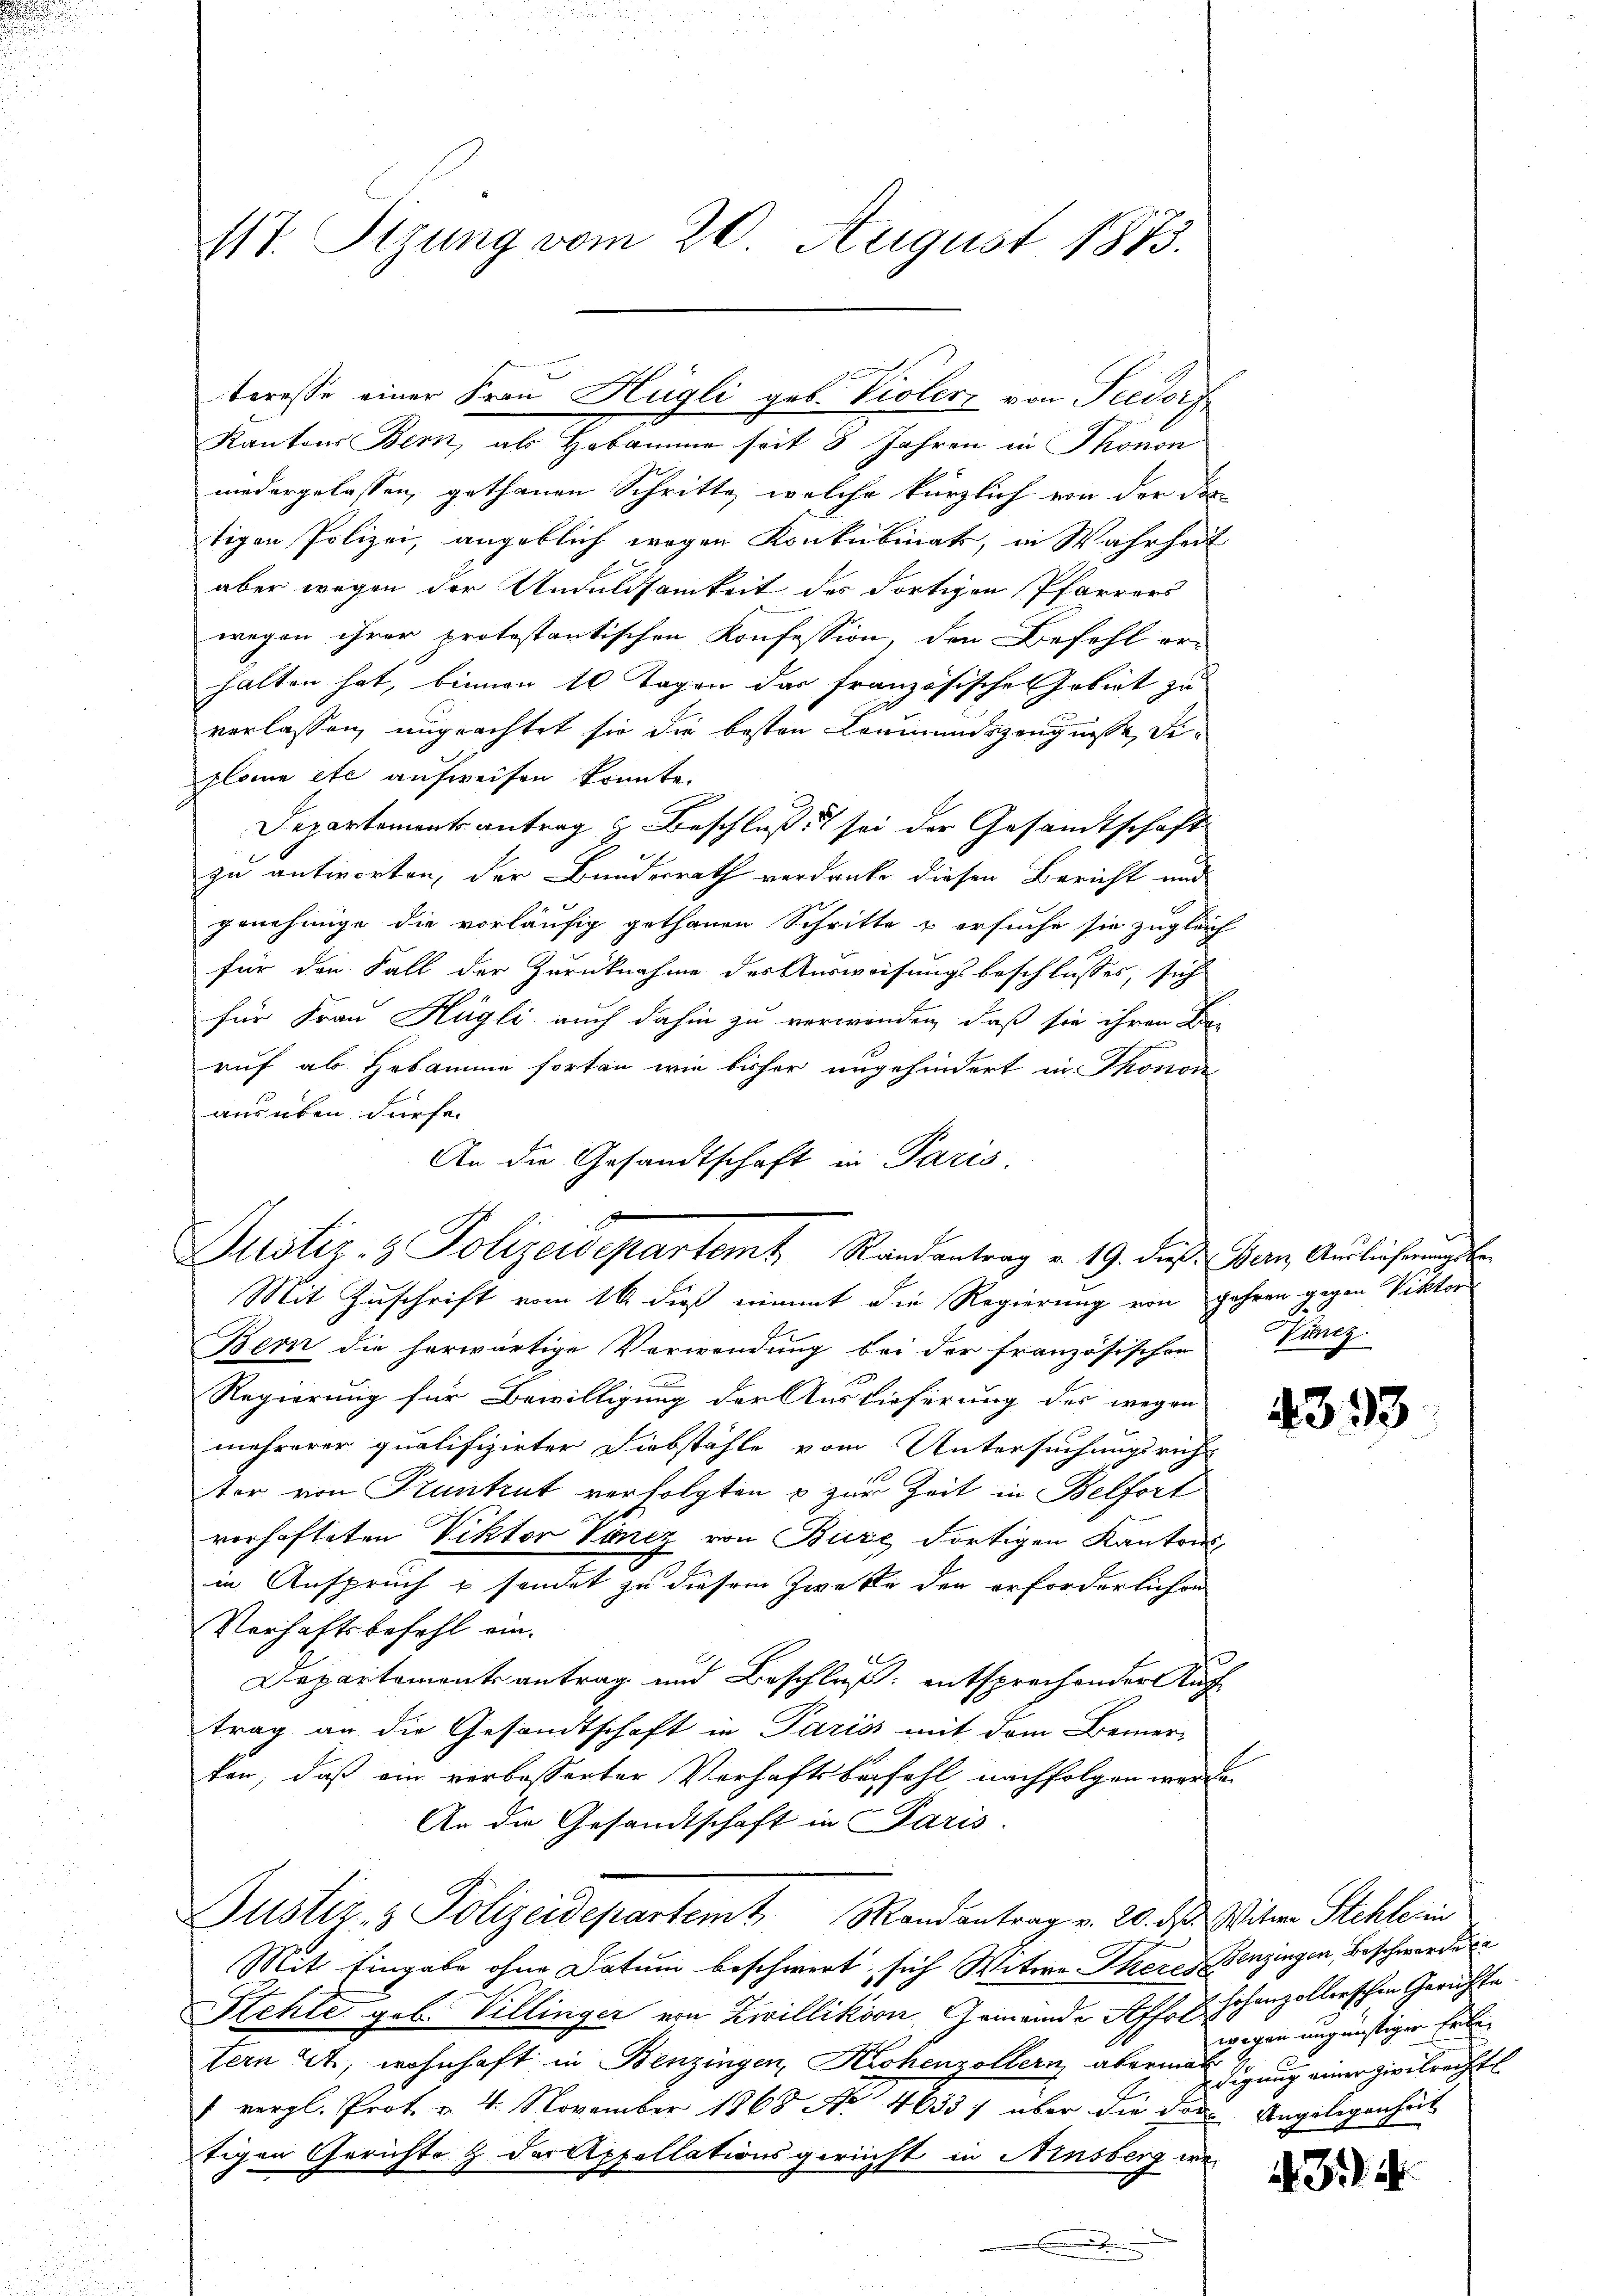
117. Sitzung vom 20. August 1873.

x
Justiz- & Polizeidepartemt Randantrag v. 19. dieß. Bern Auslieferungsbe-

Kantons Bern, als Hebamme seit 8 Jahren in Thonon
niedergelassen, gethanen Schritte, welche kürzlich von der doc
tigen Polizei, angeblich wegen Konkubinat, in Wahrheit
aber wegen der Unduldsamkeit des dortigen Pfarrers
wegen ihrer protestantischen Konfession, den Befehl er-
halten hat, binnen 10 Tagen das französische Gebiet zu
verlassen, ungeachtet sie die besten Leumundszeugnisse Diplane etc aufweisen könnte.
Departementsantrag & Beschluß sei der Gesandtschaft
zu antworten, der Bundesrath verdanke diesen Bericht und
genehmige die vorläufig gethanen Schritte & ersuche sie zugleich
für den Fall der Zurücknahme der Ausweisungsbeschlusses, sich
für Frau Hügli auch dahin zu verwenden, daß sie ihren De-
ruf ab Hebamme fortan wie bisher angehindert in Thonor
ausüben dürfe.
An die Gesandtschaft in Paris.
Mit Zuschrift vom 16. dieß nimmt die Regierung von Jahren gegen Viktor
Bern die herwärtige Verwendung bei der französischen Viliz.
Regierung für Bewilligung der Auslieferung des wegen
mehrerer qualifizirter Diebstähle vom Untersuchungsricht
ter von Kuntrut verfolgten & zur Zeit in Belfort
verhafteten Viktor Pönez von Bure, dortigen Kantonsin Anspruch u sendet zu diesem Zwecke der erforderlichen
Verhaftsbefehl ein¬
Departementsantrag und Beschluß: entsprechender Auff
trag an die Gesandtschaft in Pariss mit dem Bemer-
ten, daß ein vorbesserter Verhaftsbefehl, nachfolgen worde
An die Gesandtschaft in Paris.
Justiz- & Polizeidepartem Mandantrag v. 20. ds. Witwe Stehle in
Mit Eingabe ohne Datum beschwert, sich Witwe Theres Benzingen, Beschwerden
Stehle geb. Villinger von Zwillikoon. Gemeinde Affe Eschenzollerschen Gerichte
tern 24, wohnhaft in Benzingen, Krohenzollern abermal sagung einer Zivilrecht.
1 vergl. Prot. v. 4. November 1863 No 4633) über die das Angelegenheit
tigen Gerichte & der Appellationsgericht in Ainsberg we¬

teresse einer Frau Hügli geb. Violer von Fedorf

4393

wegen ungünstiger Erle

434.